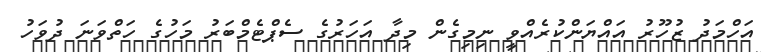
އަހްމަދު ޒުހޫރު އައްޔަންކުރެއްވީ ނިމިގެން މިދާ އަހަރުގެ ސެޕްޓެމްބަރު މަހުގެ ހަތްވަނަ ދުވަހު